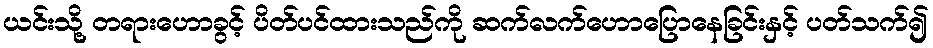
ယင်းသို့ တရားဟောခွင့် ပိတ်ပင်ထားသည်ကို ဆက်လက်ဟောပြောနေခြင်းနှင့် ပတ်သက်၍